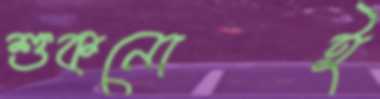
শুকনোই